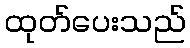
ထုတ်ပေးသည်